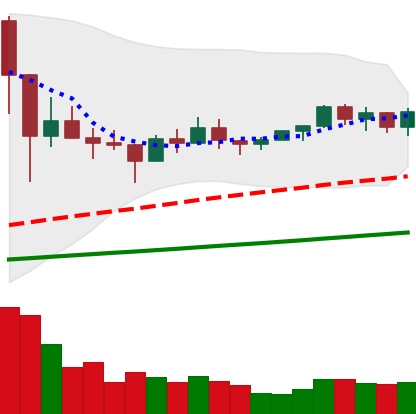
Ticker: NEO-USD
Chart end date: 2021-03-13
Forward return: 4.157%
Label: up_3_5